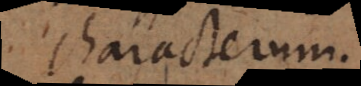
characterum.